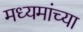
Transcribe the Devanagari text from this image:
मध्यमांच्या